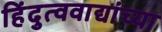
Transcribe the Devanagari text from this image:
हिंदुत्ववाद्यांच्या